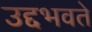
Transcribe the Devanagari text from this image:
उद्दभवते